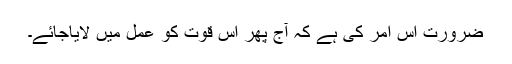
ضرورت اس امر کی ہے کہ آج پھر اس قوت کو عمل میں لایاجائے۔